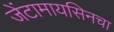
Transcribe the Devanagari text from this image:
जेंटामायसिनचा